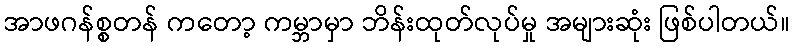
အာဖဂန်စ္စတန် ကတော့ ကမ္ဘာမှာ ဘိန်းထုတ်လုပ်မှု အများဆုံး ဖြစ်ပါတယ်။